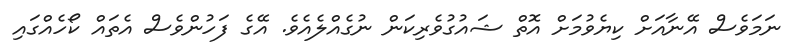
ނަމަވެސް އޭނާއަށް ކިޔެވުމަށް އޮތް ޝައުގުވެރިކަން ނުގެއްލެއެވެ. އޭގެ ފަހުންވެސް އެތައް ކޯހެއްގައި